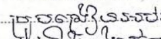
គ្រូបង្រៀន